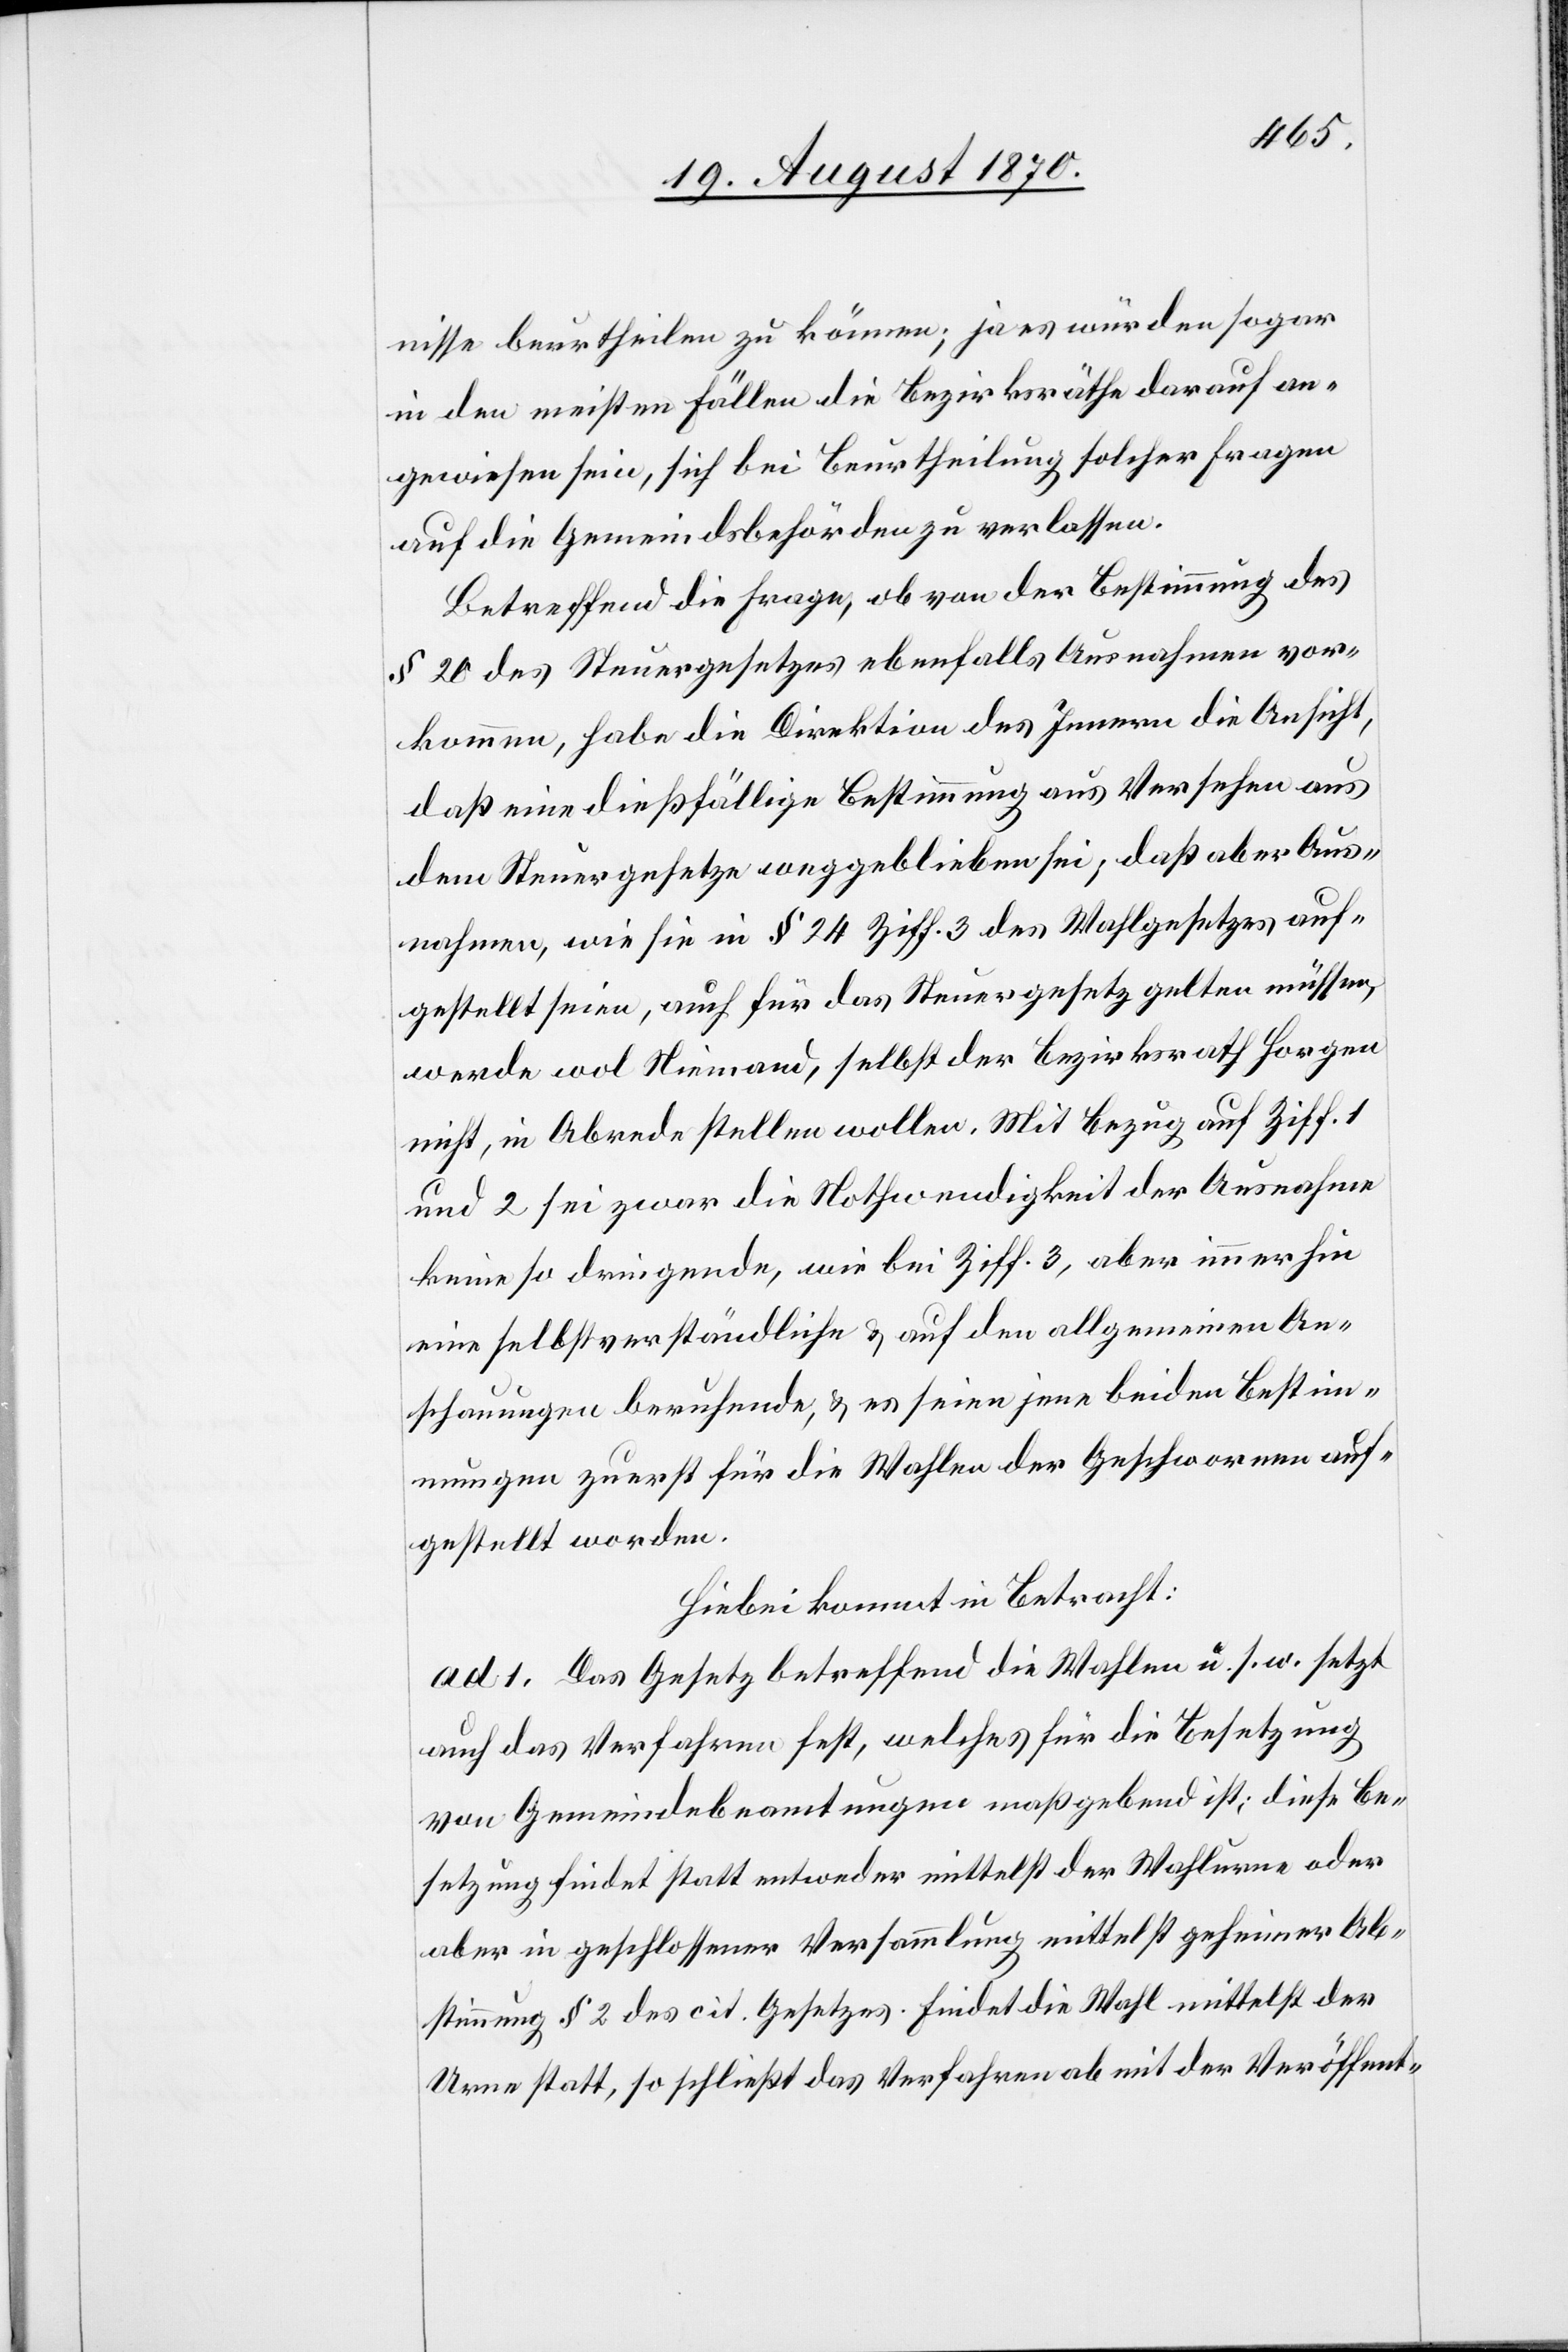
nisse beurtheilen zu können; ja es würden sogar
in den meisten Fällen die Bezirksräthe darauf an¬
gewiesen sein, sich bei Beurtheilung solcher Fragen
an die Gemeindsbehörden zu verlassen.
Betreffend die Frage, ob von der Bestimmung des
§ 20 des Steuergesetzes ebenfalls Ausnahmen vor¬
kommen, habe die Direktion des Innern die Ansicht,
daß eine dießfällige Bestimmung aus Versehen aus
dem Steuergesetze weggeblieben sei; daß aber Aus¬
nahmen, wie sie in § 24 Ziff. 3 des Wahlgesetzes auf¬
gestellt seien, auch für das Steuergesetz gelten müssen,
werde wol Niemand, selbst der Bezirksrath Horgen
nicht, in Abrede stellen wollen. Mit Bezug auf Ziff. 1
und 2 sei zwar die Nothwendigkeit der Ausnahme
keine so dringende, wie bei Ziff. 3, aber immerhin
eine selbstverständliche & auf den allgemeinen An¬
schauungen beruhende, & es seien jene beiden Bestim¬
mungen zuerst für die Wahlen der Geschwornen auf¬
gestellt worden.
Hiebei kommt in Betracht:
ad 1. Das Gesetz betreffend die Wahlen u. s. w. setzt
auch das Verfahren fest, welches für die Besetzung
von Gemeindebeamtungen maßgebend ist; diese Be¬
setzung findet statt entweder mittelst der Wahlurne oder
aber in geschlossener Versammlung mittelst geheimer Ab¬
stimmung[,] § 2 des cit. Gesetzes. Findet die Wahl mittelst der
Urne statt, so schließt das Verfahren ab mit der Veröffent-